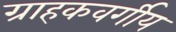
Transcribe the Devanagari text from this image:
ग्राहकवर्गीय